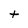
Character: t